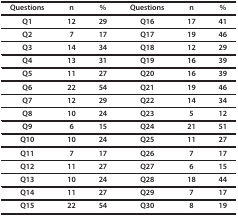
<table><thead><tr><td><b>Questions</b></td><td><b>n</b></td><td><b>%</b></td><td><b>Questions</b></td><td><b>n</b></td><td><b>%</b></td></tr></thead><tbody><tr><td><b>Q1</b></td><td><b>12</b></td><td><b>29</b></td><td><b>Q16</b></td><td><b>17</b></td><td><b>41</b></td></tr><tr><td><b>Q2</b></td><td><b>7</b></td><td><b>17</b></td><td><b>Q17</b></td><td><b>19</b></td><td><b>46</b></td></tr><tr><td><b>Q3</b></td><td><b>14</b></td><td><b>34</b></td><td><b>Q18</b></td><td><b>12</b></td><td><b>29</b></td></tr><tr><td><b>Q4</b></td><td><b>13</b></td><td><b>31</b></td><td><b>Q19</b></td><td><b>16</b></td><td><b>39</b></td></tr><tr><td><b>Q5</b></td><td><b>11</b></td><td><b>27</b></td><td><b>Q20</b></td><td><b>16</b></td><td><b>39</b></td></tr><tr><td><b>Q6</b></td><td><b>22</b></td><td><b>54</b></td><td><b>Q21</b></td><td><b>19</b></td><td><b>46</b></td></tr><tr><td><b>Q7</b></td><td><b>12</b></td><td><b>29</b></td><td><b>Q22</b></td><td><b>14</b></td><td><b>34</b></td></tr><tr><td><b>Q8</b></td><td><b>10</b></td><td><b>24</b></td><td><b>Q23</b></td><td><b>5</b></td><td><b>12</b></td></tr><tr><td><b>Q9</b></td><td><b>6</b></td><td><b>15</b></td><td><b>Q24</b></td><td><b>21</b></td><td><b>51</b></td></tr><tr><td><b>Q10</b></td><td><b>10</b></td><td><b>24</b></td><td><b>Q25</b></td><td><b>11</b></td><td><b>27</b></td></tr><tr><td><b>Q11</b></td><td><b>7</b></td><td><b>17</b></td><td><b>Q26</b></td><td><b>7</b></td><td><b>17</b></td></tr><tr><td><b>Q12</b></td><td><b>11</b></td><td><b>27</b></td><td><b>Q27</b></td><td><b>6</b></td><td><b>15</b></td></tr><tr><td><b>Q13</b></td><td><b>10</b></td><td><b>24</b></td><td><b>Q28</b></td><td><b>18</b></td><td><b>44</b></td></tr><tr><td><b>Q14</b></td><td><b>11</b></td><td><b>27</b></td><td><b>Q29</b></td><td><b>7</b></td><td><b>17</b></td></tr><tr><td><b>Q15</b></td><td><b>22</b></td><td><b>54</b></td><td><b>Q30</b></td><td><b>8</b></td><td><b>19</b></td></tr></tbody></table>